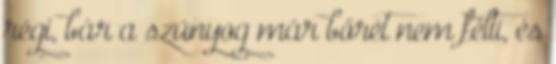
régi, bár a szúnyog már bőrét nem félti, és